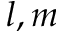
l , m